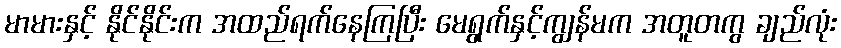
မာမားနှင့် နိုင်နိုင်းက အထည်ရက်နေကြပြီး မေရွက်နှင့်ကျွန်မက အတူတကွ ချည်လုံး